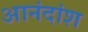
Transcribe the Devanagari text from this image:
आनंदांश